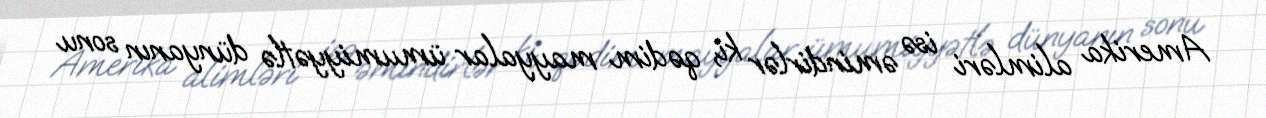
Amerika alimləri isə əmindirlər ki, qədim mayyalar ümumiyyətlə dünyanın sonu